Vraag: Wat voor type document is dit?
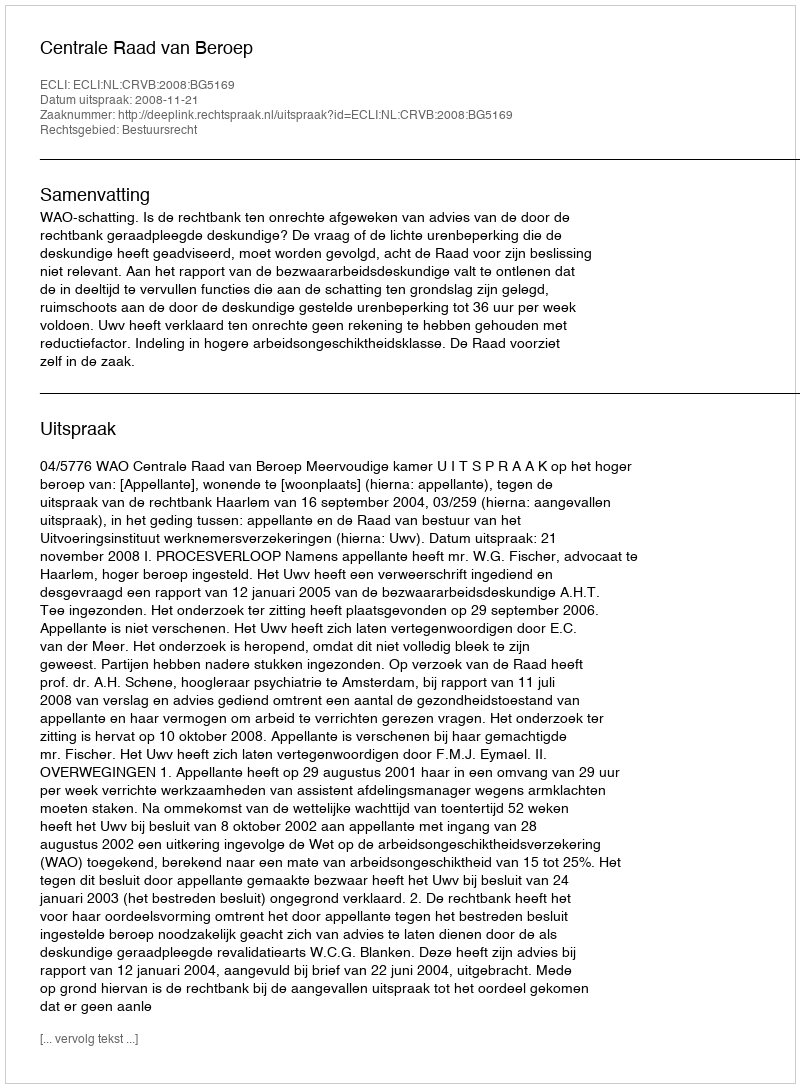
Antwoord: Uitspraak